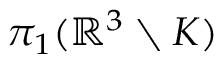
\pi _ { 1 } ( \mathbb { R } ^ { 3 } \setminus K )